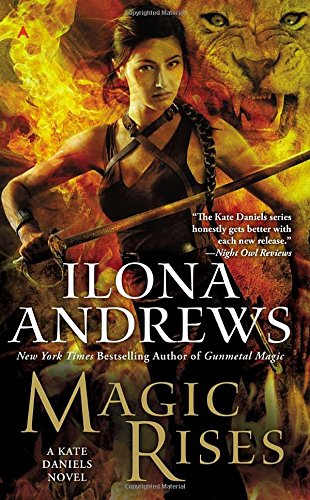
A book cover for Magic Rises (Kate Daniels); Ilona Andrews; Science Fiction & Fantasy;